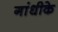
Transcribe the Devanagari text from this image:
गांधीके